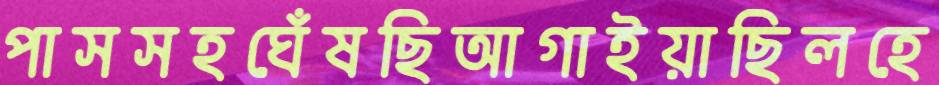
পাসসহঘেঁষছিআগাইয়াছিলহে